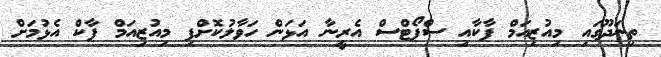
ތިނަދޫގައި މިއުޒިއަމް ޕާކާއި ސްޕޯޓްސް އެރީނާ އަޅަން ހަވާލުކޮށްފި މިއުޒިއަމް ޕާކް އެޅުމަށް